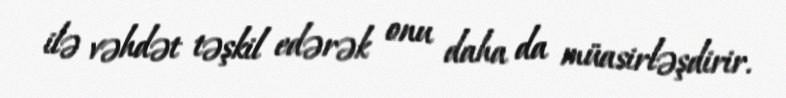
ilə vəhdət təşkil edərək onu daha da müasirləşdirir.